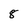
Character: 8